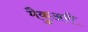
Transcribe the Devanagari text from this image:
मैकुअरी